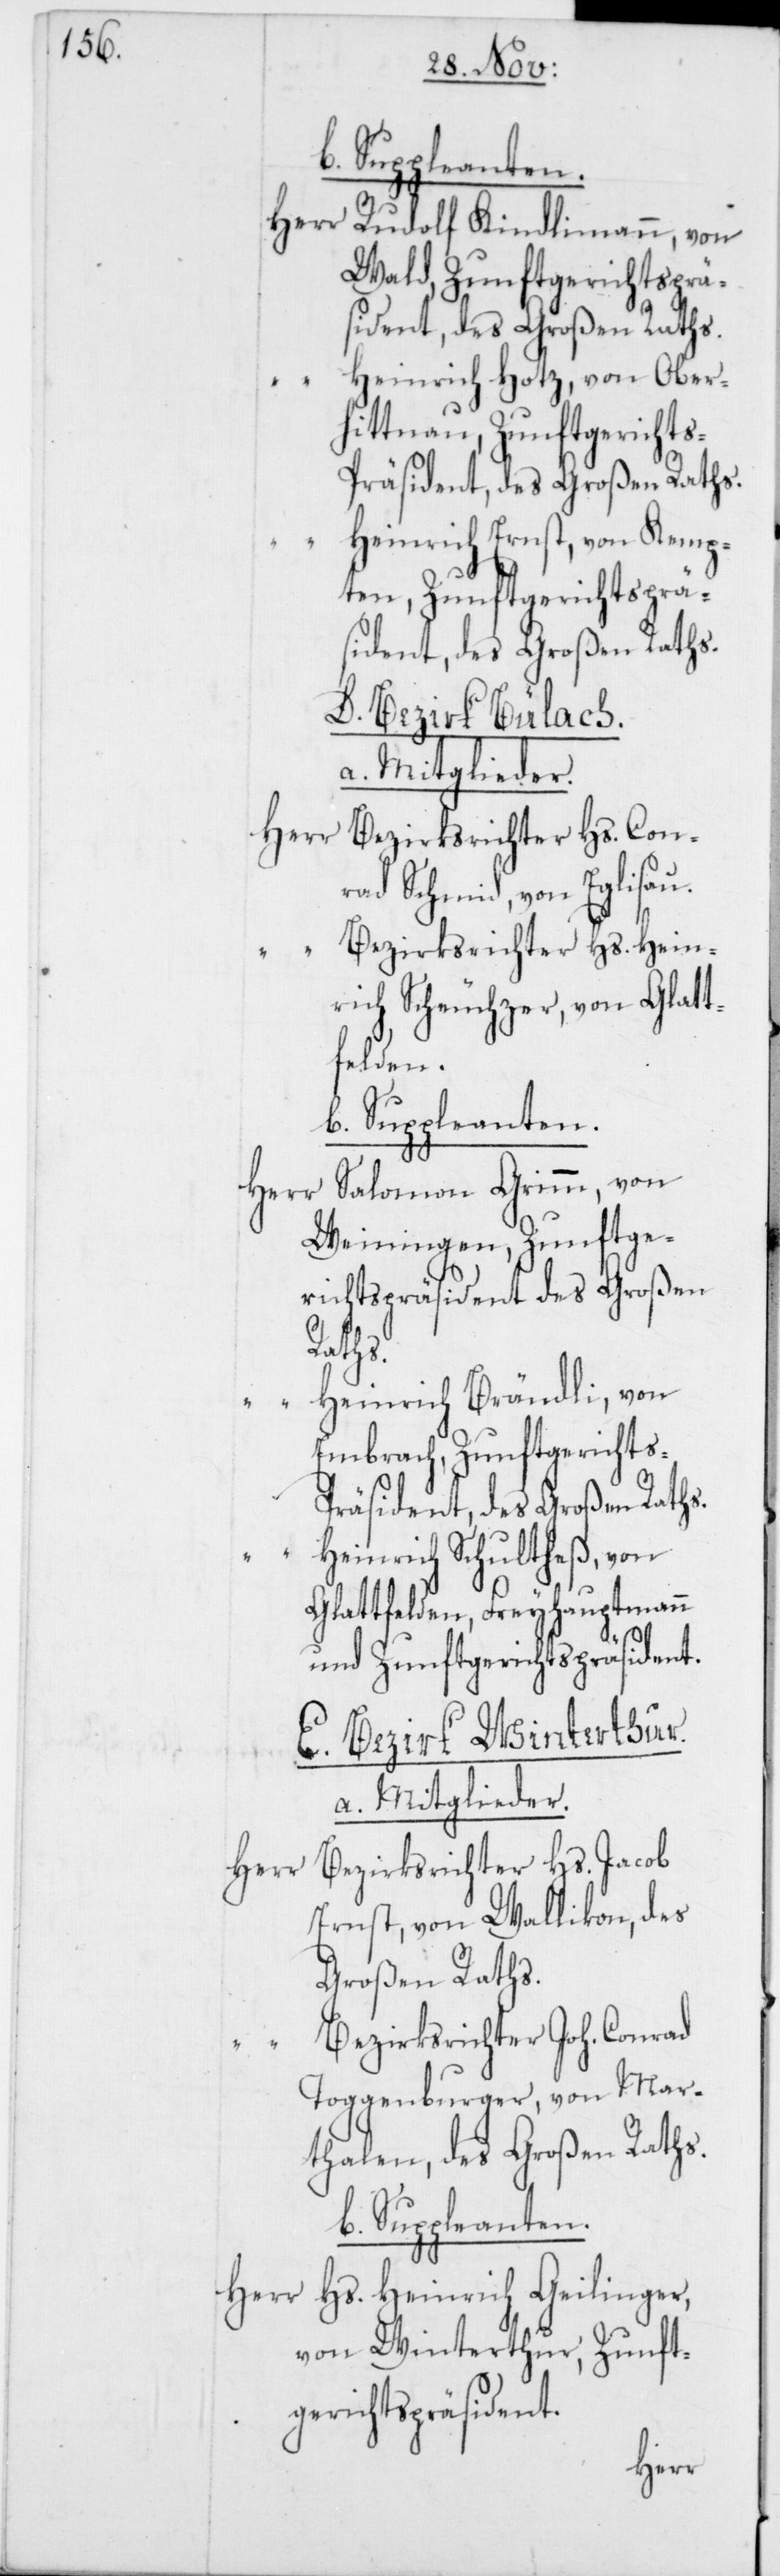
Herr
Rudolf Kindlimann, von
Wald, Zunftgerichtsprä¬
sident, des Großen Raths.
Heinrich Hotz, von Oberh¬
ittnau, Zunftgericht¬
s-Präsident, des Großen Raths.
Heinrich Ernst, von Kemp¬
ten, Zunftgerichtsprä¬
sident, des Großen Raths.
D. Bezirk Bülach.
a. Mitglieder.
Herr
Bezirksrichter Hs. Con¬
rad Schmid, von Eglisau.
Bezirksrichter Hs. Hein¬
rich Scheuchzer, von Glatt¬
felden.
b. Suppleanten.
Herr Salomon Grimm, von
Weiningen, Zunftge¬
richtspräsident des Großen
Raths.
Heinrich Brändli, von
Embrach, Zunftgerichts-P¬
räsident, des Großen Raths.
“
Heinrich Schultheß, von
Glattfelden, Freyhauptmann
und Zunftgerichtspräsident.
E. Bezirk Winterthur.
a. Mitglieder.
Bezirksrichter Hs. Jacob
Ernst, von Wallikon, des
Großen Raths.
Bezirksrichter Joh. Conrad
Toggenburger, von Mar¬
thalen, des Großen Raths.
Hs. Heinrich Geilinger,
von Winterthur, Zunft¬
gerichtspräsident.
Herr